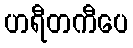
ဟရီတကီပေ